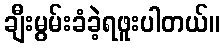
ချီးမွမ်းခံခဲ့ရဖူးပါတယ်။